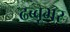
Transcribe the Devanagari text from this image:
ढब्बूभर